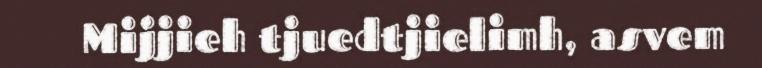
Mijjieh tjuedtjielimh, asvem